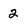
Character: 2